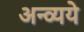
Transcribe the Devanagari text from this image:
अन्व्यये